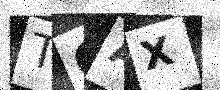
Text: TQAX